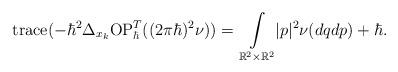
LaTeX: \begin{align*}\mathrm{trace}(-\hbar^{2}\Delta_{x_{k}}\mathrm{OP}_{\hbar}^{T}((2\pi\hbar)^{2}\nu))=\underset{\mathbb{R}^{2}\times\mathbb{R}^{2}}{\int}|p|^{2}\nu(dqdp)+\hbar.\end{align*}